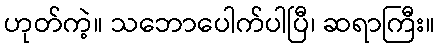
ဟုတ်ကဲ့။ သဘောပေါက်ပါပြီ၊ ဆရာကြီး။